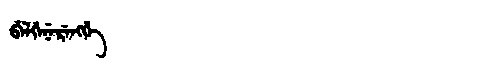
Manchu: ᠪᡝᠯᡤᡝᠨᡝᡵᡝᠩᡤᡝ
Romanization: BELGENERENGGE